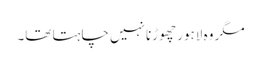
مگر وہ لاہور چھوڑنا نہیں چاہتا تھا۔